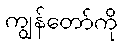
ကျွန်တော်ကို